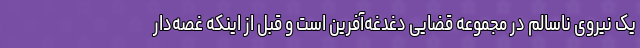
یک نیروی ناسالم در مجموعه قضایی دغدغه‌آفرین است و قبل از اینکه غصه‌دار